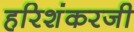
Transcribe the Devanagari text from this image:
हरिशंकरजी